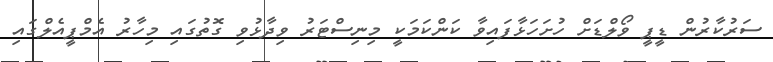
ސަރުކާރުން ޑީޕީ ވޯލްޑަށް ހުށަހަޅާފައިވާ ކަންކަމަކީ މިނިސްޓަރު ވިދާޅުވި ގޮތުގައި މިހާރު އެމްޕީއެލްގައި